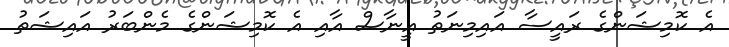
އެ ކޮމިޝަންގެ ރައީސާ އައިމިނަތު އީނާސް އާއި އެ ކޮމިޝަންގެ މެންބަރު އައިޝަތު